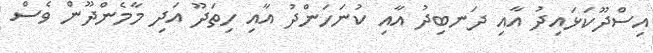
އިސްދޫކަޅައިދު އާއި ދަނބިދު އާއި ކުނަހަންދު އާއި ހިތަދޫ އަދި މާމެންދޫން ވެސް